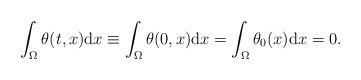
LaTeX: \begin{align*}\int_{\Omega} \theta(t, x) \mathrm{d} x \equiv \int_{\Omega} \theta(0, x) \mathrm{d} x = \int_{\Omega} \theta_{0}(x) \mathrm{d} x = 0. \end{align*}